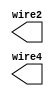
module test1 ( wire2, wire4 );
   output [3:0]  wire2;
   output [16:0] wire4;
endmodule